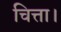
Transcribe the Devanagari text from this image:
चित्ता।